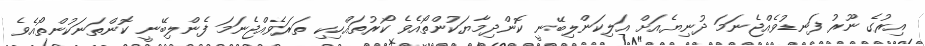
އިރުގެ ނޫރު ފަނޑުވެއްޖެނަމަ ދުނިޔެއަށް އަލިކަންލިބޭނީ ކޮންދިމާޔަކުންތޯއެވެ ކޯރުތައްހިކި ތަރަވެއްޖެނަމަ ފެންލިބޭނީ ކޮންތަނަކުންތޯއެވެ